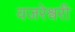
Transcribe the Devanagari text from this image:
वजरेश्वरी